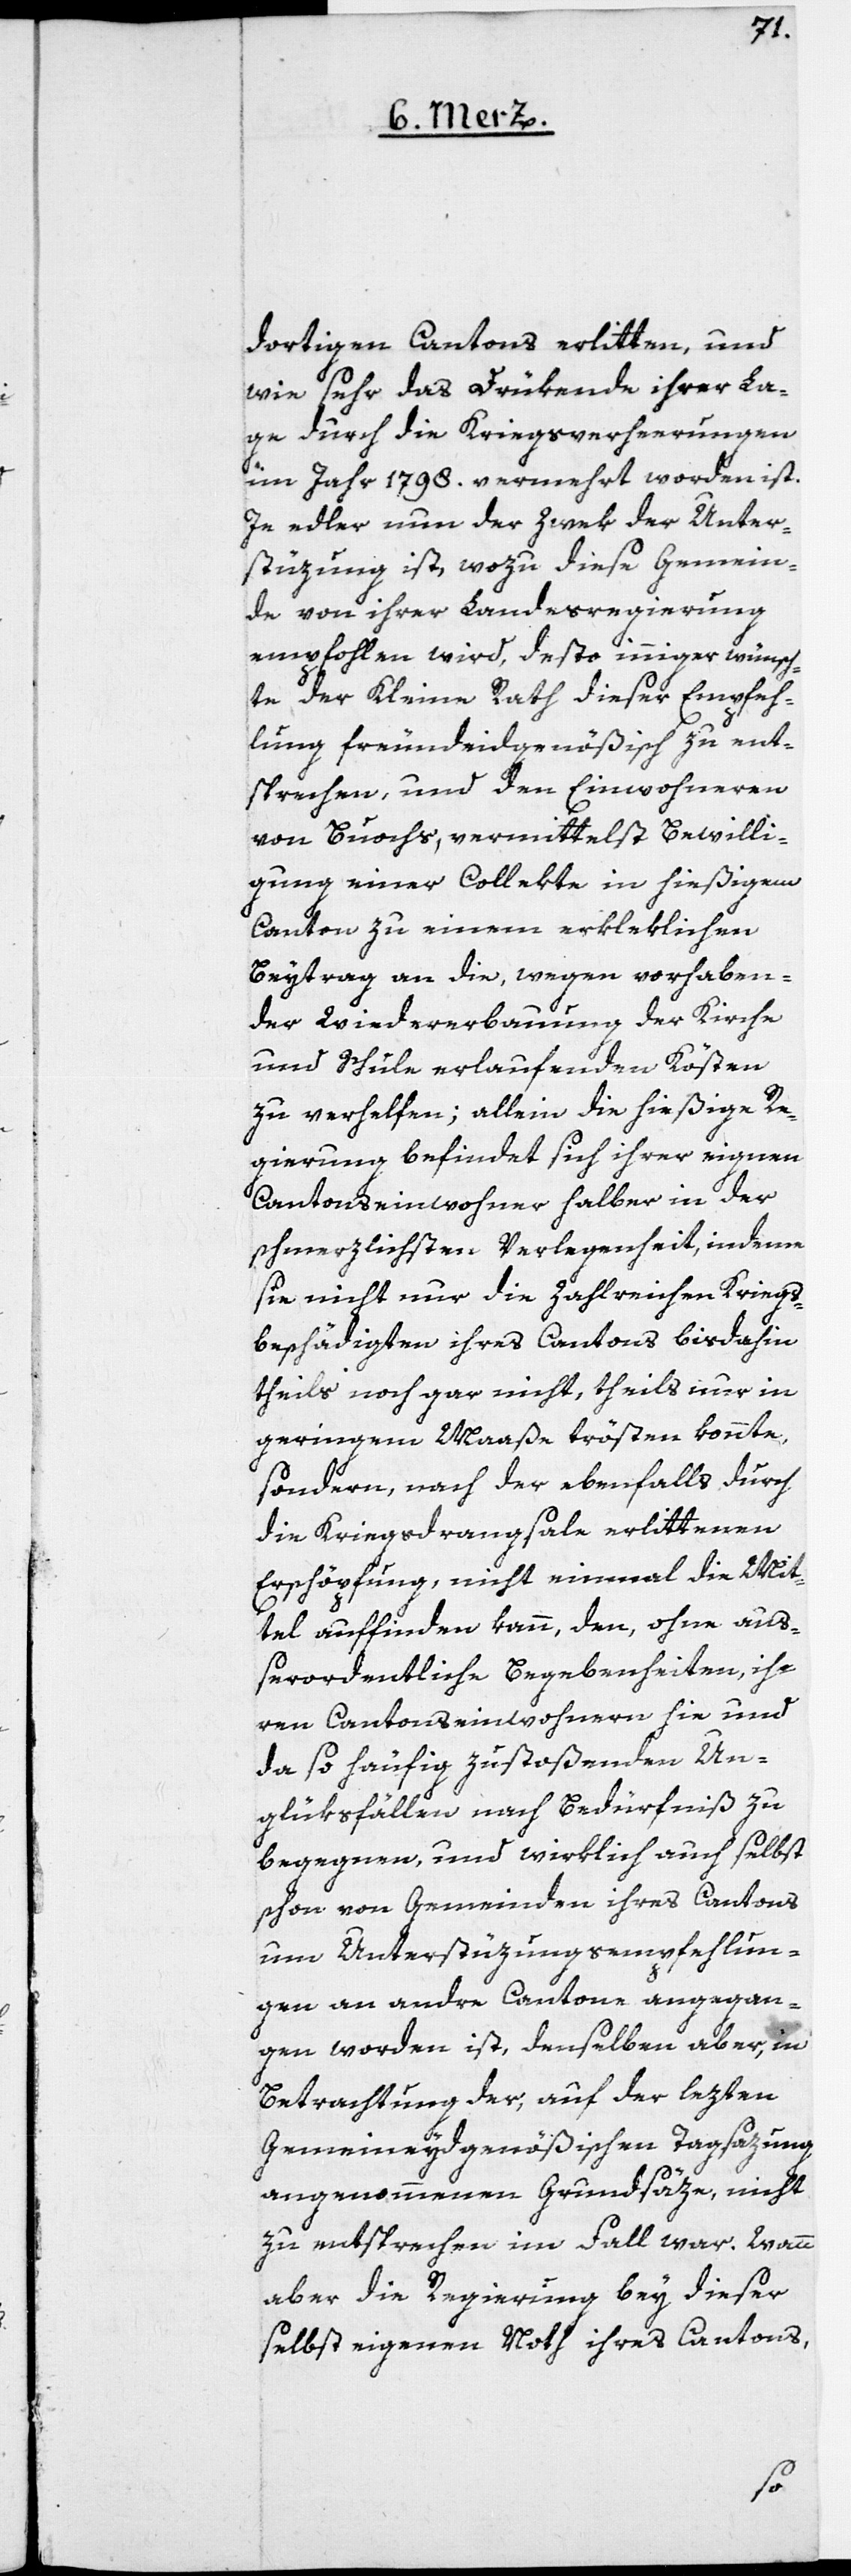
dortigen Cantons erlitten, und
wie sehr das Drükende ihrer La¬
ge durch die Kriegsverheerungen
im Jahr 1798. vermehrt worden ist.
Je edler nun der Zwek der Unter¬
stüzung ist, wozu diese Gemein¬
de von ihrer Landesregierung
empfohlen wird, desto inniger wünsch¬
te der Kleine Rath dieser Empfeh¬
lung freundeidgenößisch zu ent¬
sprechen, und den Einwohneren
von Buochs, vermittelst Bewilli¬
gung einer Collekte in hießigem
Canton zu einem erkleklichen
Beytrag an die, wegen vorhaben¬
der Wiedererbauung der Kirche
und Schule erlaufenden Kösten
zu verhelfen; allein die hießige Re¬
gierung befindet sich ihrer eignen
Cantonseinwohner halber in der
schmerzlichsten Verlegenheit, indeme
sie nicht nur die Zahlreichen Kriegs¬
beschädigten ihres Cantons bis dahin
theils noch gar nicht, theils nur in
geringem Maaße trösten konnte,
sondern, nach der ebenfalls durch
die Kriegsdrangsale erlittenen
Erschöpfung, nicht einmal die Mit¬
tel auffinden kann, den ohne auß¬
erordentliche Begebenheiten ih¬
ren Cantonseinwohnern hie und
da so häufig zustoßenden Un¬
glüksfällen nach Bedürfniß zu
begegnen, und wirklich auch selbst
schon von Gemeinden ihres Cantons
um Unterstüzungsempfehlun¬
gen an andre Cantone angegan¬
gen worden ist, denselben aber, in
Betrachtung der, auf der lezten
gemeineydgenößischen Tagsazung
angenommenen Grundsäze, nicht
zu entsprechen im Fall war. Wann
aber die Regierung bey dieser
selbst eigenen Noth ihres Cantons,